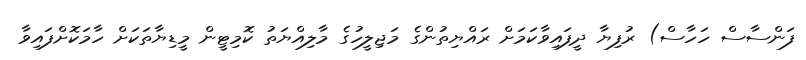
ފަންސާސް ހަހާސް) ރުފިޔާ ދީފައިވާކަމަށް ރައްޔިތުންގެ މަޖިލީހުގެ މާލިއްޔަތު ކޮމިޓީން މީޑިޔާތަކަށް ހާމަކޮށްފައިވާ